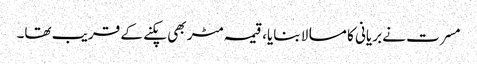
مسرت نے بریانی کا مسالا بنایا، قیمہ مٹر بھی پکنے کے قریب تھا۔